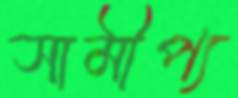
সামীপ্য